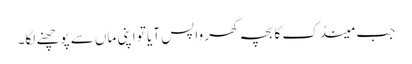
جب مینڈک کا بچہ گھر واپس آیا تو اپنی ماں سے پوچھنے لگا۔